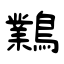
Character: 鸈